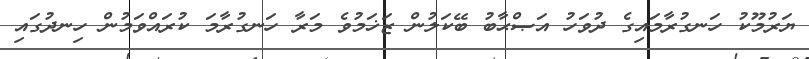
ޔަރުމޫކު ހަނގުރާމައިގެ ދުވަހު އަޞްޙާބު ބޭކަލުން ޒަޚަމުވެ މަރާ ހަނގުރާމަ ކުރައްވަމުން ހިނދުގައި